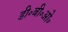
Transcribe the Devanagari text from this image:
डी॰बी॰ओ॰